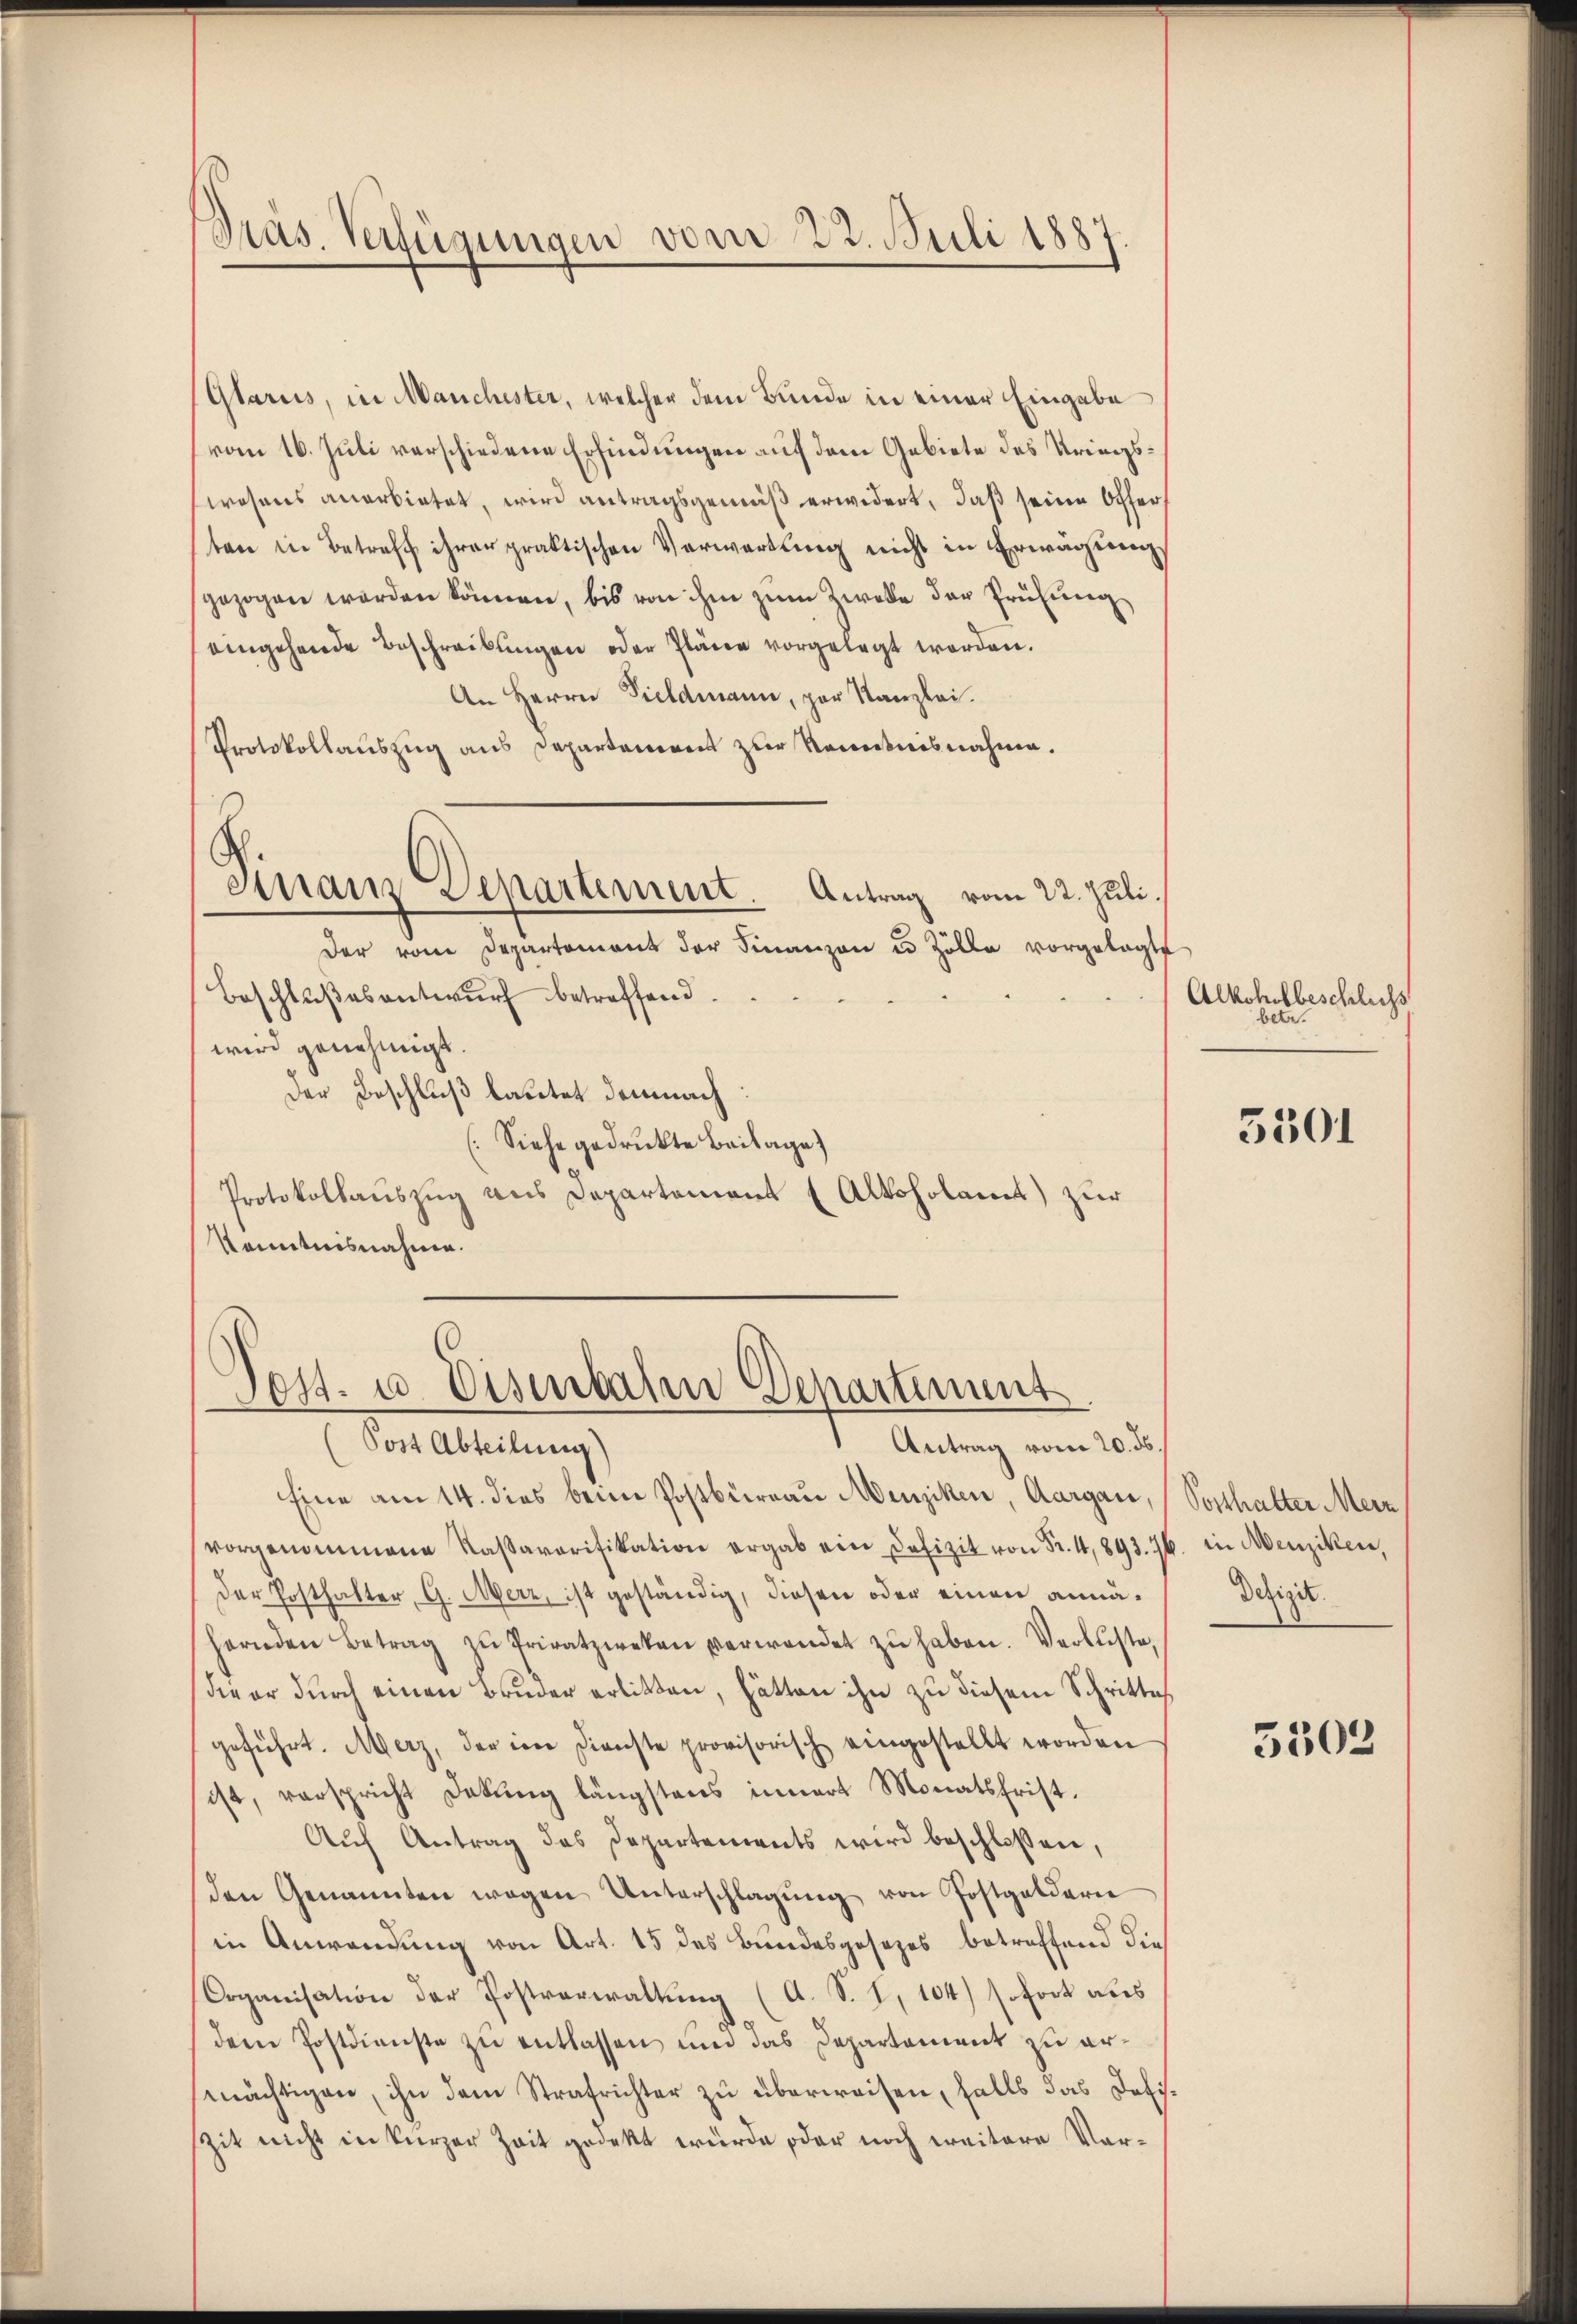
Präs. Verfügungen vom 22. Juli 1887

(Glarus, in Manchester, welcher dem Bunde in einer Eingabe
vom 16. Juli verschiedene Erfindungen auf dem Gebiete des Kriegswesens anerbietet, wird antragsgemäß erwidert, daß seine Offer
ten in Betreff ihrer praktischen Verwartung nicht in Erwägung
gezogen werden können, bis von ihm zum Zwecke der Prüfung
eingehende Beschreibŭngen oder Pläne vorgelegt worden.
An Herrn Vieldmann, par Kanzlei.
Protokollauszug aus Departement zur Kenntnisnahme.
Finanzdepartement. Antrag vom 22. Juli.
Der vom Departement der Finanzen u Zölle vorgelegte
Beschlußes antwurf betreffend.
wird genehmigt.
Der Beschluß lautet demnach:
(Siehe gedruckte Beilage)
Protokollauszug aus Departement (Alkoholamt zur
Kenntnisnahme.

Post Abteilung)
Antrag vom 20. ds.
Eine am 14. dies beim Postbüreau Menziken, Aargau,
vorgenommene Kassaverifikation ergab ein Defizit von Fr. 4, 893. 76. in Menziken,
der Posthalter, G. Merz, ist geständig, diesen oder einen annähernden Betrag zŭ Privatzweken verwendet zŭ haben. Verluste,
dieer durch einen Bruder erlitten, hätten ihn zu diesem Schritte
geführt. Merz, der in Dienste provisorisch eingestellt worden
ist, verspricht Dekŭng längstens innert Monatsfrist.
Aŭf Antrag des Departements wird beschlossen,
den Genannten wegen Unterschlagŭng von Postgeldern
in Anwendung von Art. 15 des Bundesgesezes betreffend die
Organisation der Postverwaltung (A. S. 1, 104) sofort aus
dem Postdienste zu entlassen und das Departement zu ermächtigen, ihn dem Strafrichter zu überweisen, falls das Defiszit nicht in kurzer Zeit gedekt wurde oder noch weitere Vor¬

Post- u. Eisenbaum Departiment

Alkohlbeschlichs
ete

5501

Vorthalter Merz
Dchiget.

5302